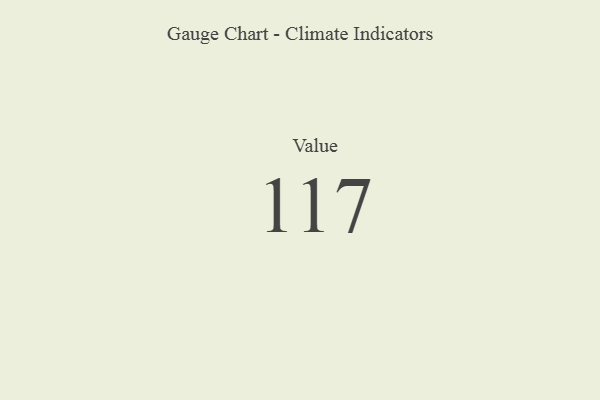
{"axis": {"x": "Metric", "y": "Value"}, "legend": [""], "data": [{"x": "Value", "y": 117, "type": ""}]}